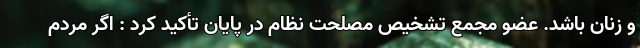
و زنان باشد. عضو مجمع تشخیص مصلحت نظام در پایان تأکید کرد : اگر مردم